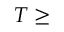
T \geq